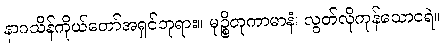
နာဂသိန်ကိုယ်တော်အရှင်ဘုရား။ မုဉ္စိတုကာမာနံ၊ လွတ်လိုကုန်သောငရဲ။